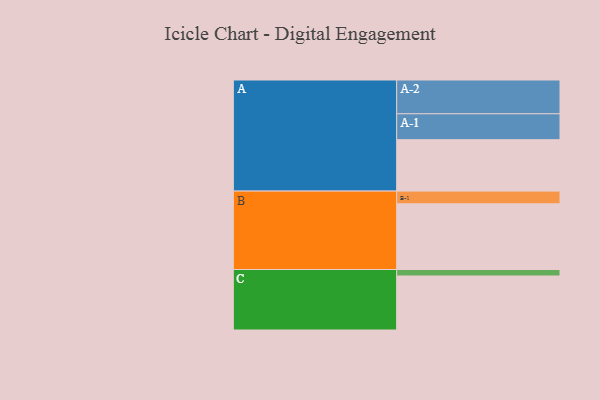
{"axis": {"x": "Segment", "y": "Value"}, "legend": ["", "A", "B", "C"], "data": [{"x": "A", "y": 437, "type": ""}, {"x": "B", "y": 558, "type": ""}, {"x": "C", "y": 459, "type": ""}, {"x": "A-1", "y": 220, "type": "A"}, {"x": "A-2", "y": 287, "type": "A"}, {"x": "B-1", "y": 108, "type": "B"}, {"x": "C-1", "y": 55, "type": "C"}]}